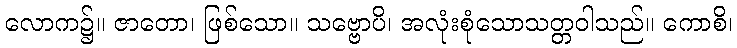
လောက၌။ ဇာတော၊ ဖြစ်သော။ သဗ္ဗောပိ၊ အလုံးစုံသောသတ္တဝါသည်။ ကောစိ၊